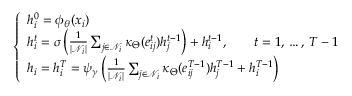
\begin{array} { r } { \left\{ \begin{array} { l l } { h _ { i } ^ { 0 } = \phi _ { \theta } ( x _ { i } ) } \\ { h _ { i } ^ { t } = \sigma \left( \frac { 1 } { | \mathcal { N } _ { i } | } \sum _ { j \in \mathcal { N } _ { i } } \kappa _ { \Theta } ( e _ { i j } ^ { t } ) h _ { j } ^ { t - 1 } \right) + h _ { i } ^ { t - 1 } , \qquad t = 1 , \, \dots , \, T - 1 } \\ { h _ { i } = h _ { i } ^ { T } = \psi _ { \gamma } \left( \frac { 1 } { | \mathcal { N } _ { i } | } \sum _ { j \in \mathcal { N } _ { i } } \kappa _ { \Theta } ( e _ { i j } ^ { T - 1 } ) h _ { j } ^ { T - 1 } + h _ { i } ^ { T - 1 } \right) } \end{array} \right. } \end{array}